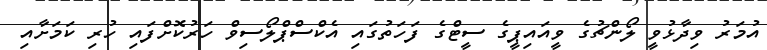
އުމަރު ވިދާޅުވީ ލޯންޗުގެ ވީއައިޕީގެ ސީޓްގެ ފަހަތުގައި އެކްސްޕްލޯސިވް ހަރުކޮށްފައި ހުރި ކަމަށާއި